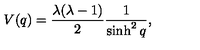
V ( q ) = \frac { \lambda ( \lambda - 1 ) } { 2 } \frac { 1 } { \sinh ^ { 2 } q } ,